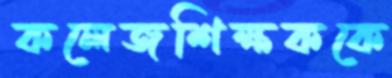
কলেজশিক্ষককে